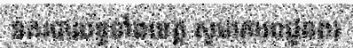
នគរបាលទូទាំងខេត្ត សូមគោរពជូនពរ